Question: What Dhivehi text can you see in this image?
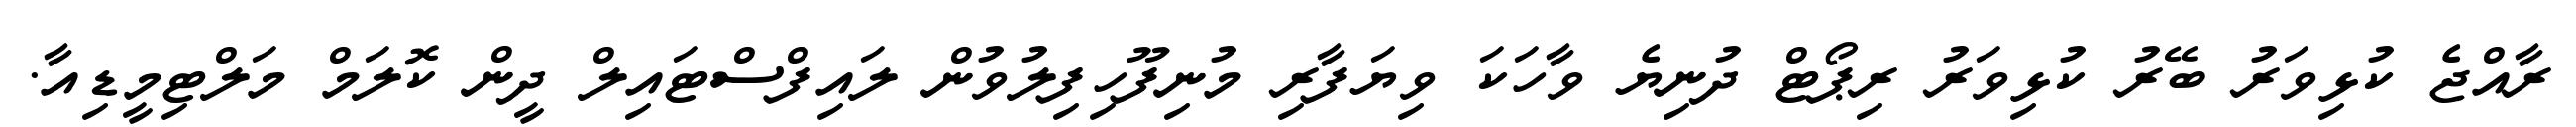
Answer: ރާއްޖެ ކުޅިވަރު ބޭރު ކުޅިވަރު ރިޕޯޓް ދުނިޔެ ވާހަކަ ވިޔަފާރި މުނިފޫހިފިލުވުން ލައިފްސްޓައިލް ދީން ކޮލަމް މަލްޓިމީޑިއާ.